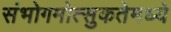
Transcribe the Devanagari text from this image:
संभोगमोत्सुकतेमध्ये